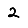
Digit: 2